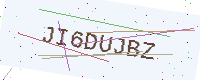
Text: JI6DUJBZ